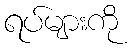
ရပ်များကို